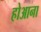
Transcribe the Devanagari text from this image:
होआना